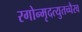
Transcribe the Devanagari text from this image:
रगोन्मृदत्युतच्चैरव